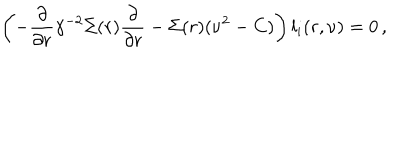
\left( - \frac { \partial } { \partial r } \gamma ^ { - 2 } \Sigma ( r ) \frac { \partial } { \partial r } - \Sigma ( r ) ( \nu ^ { 2 } - C ) \right) l _ { i } ( r , \nu ) = 0 \, ,